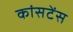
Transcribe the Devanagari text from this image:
कांसटेंस